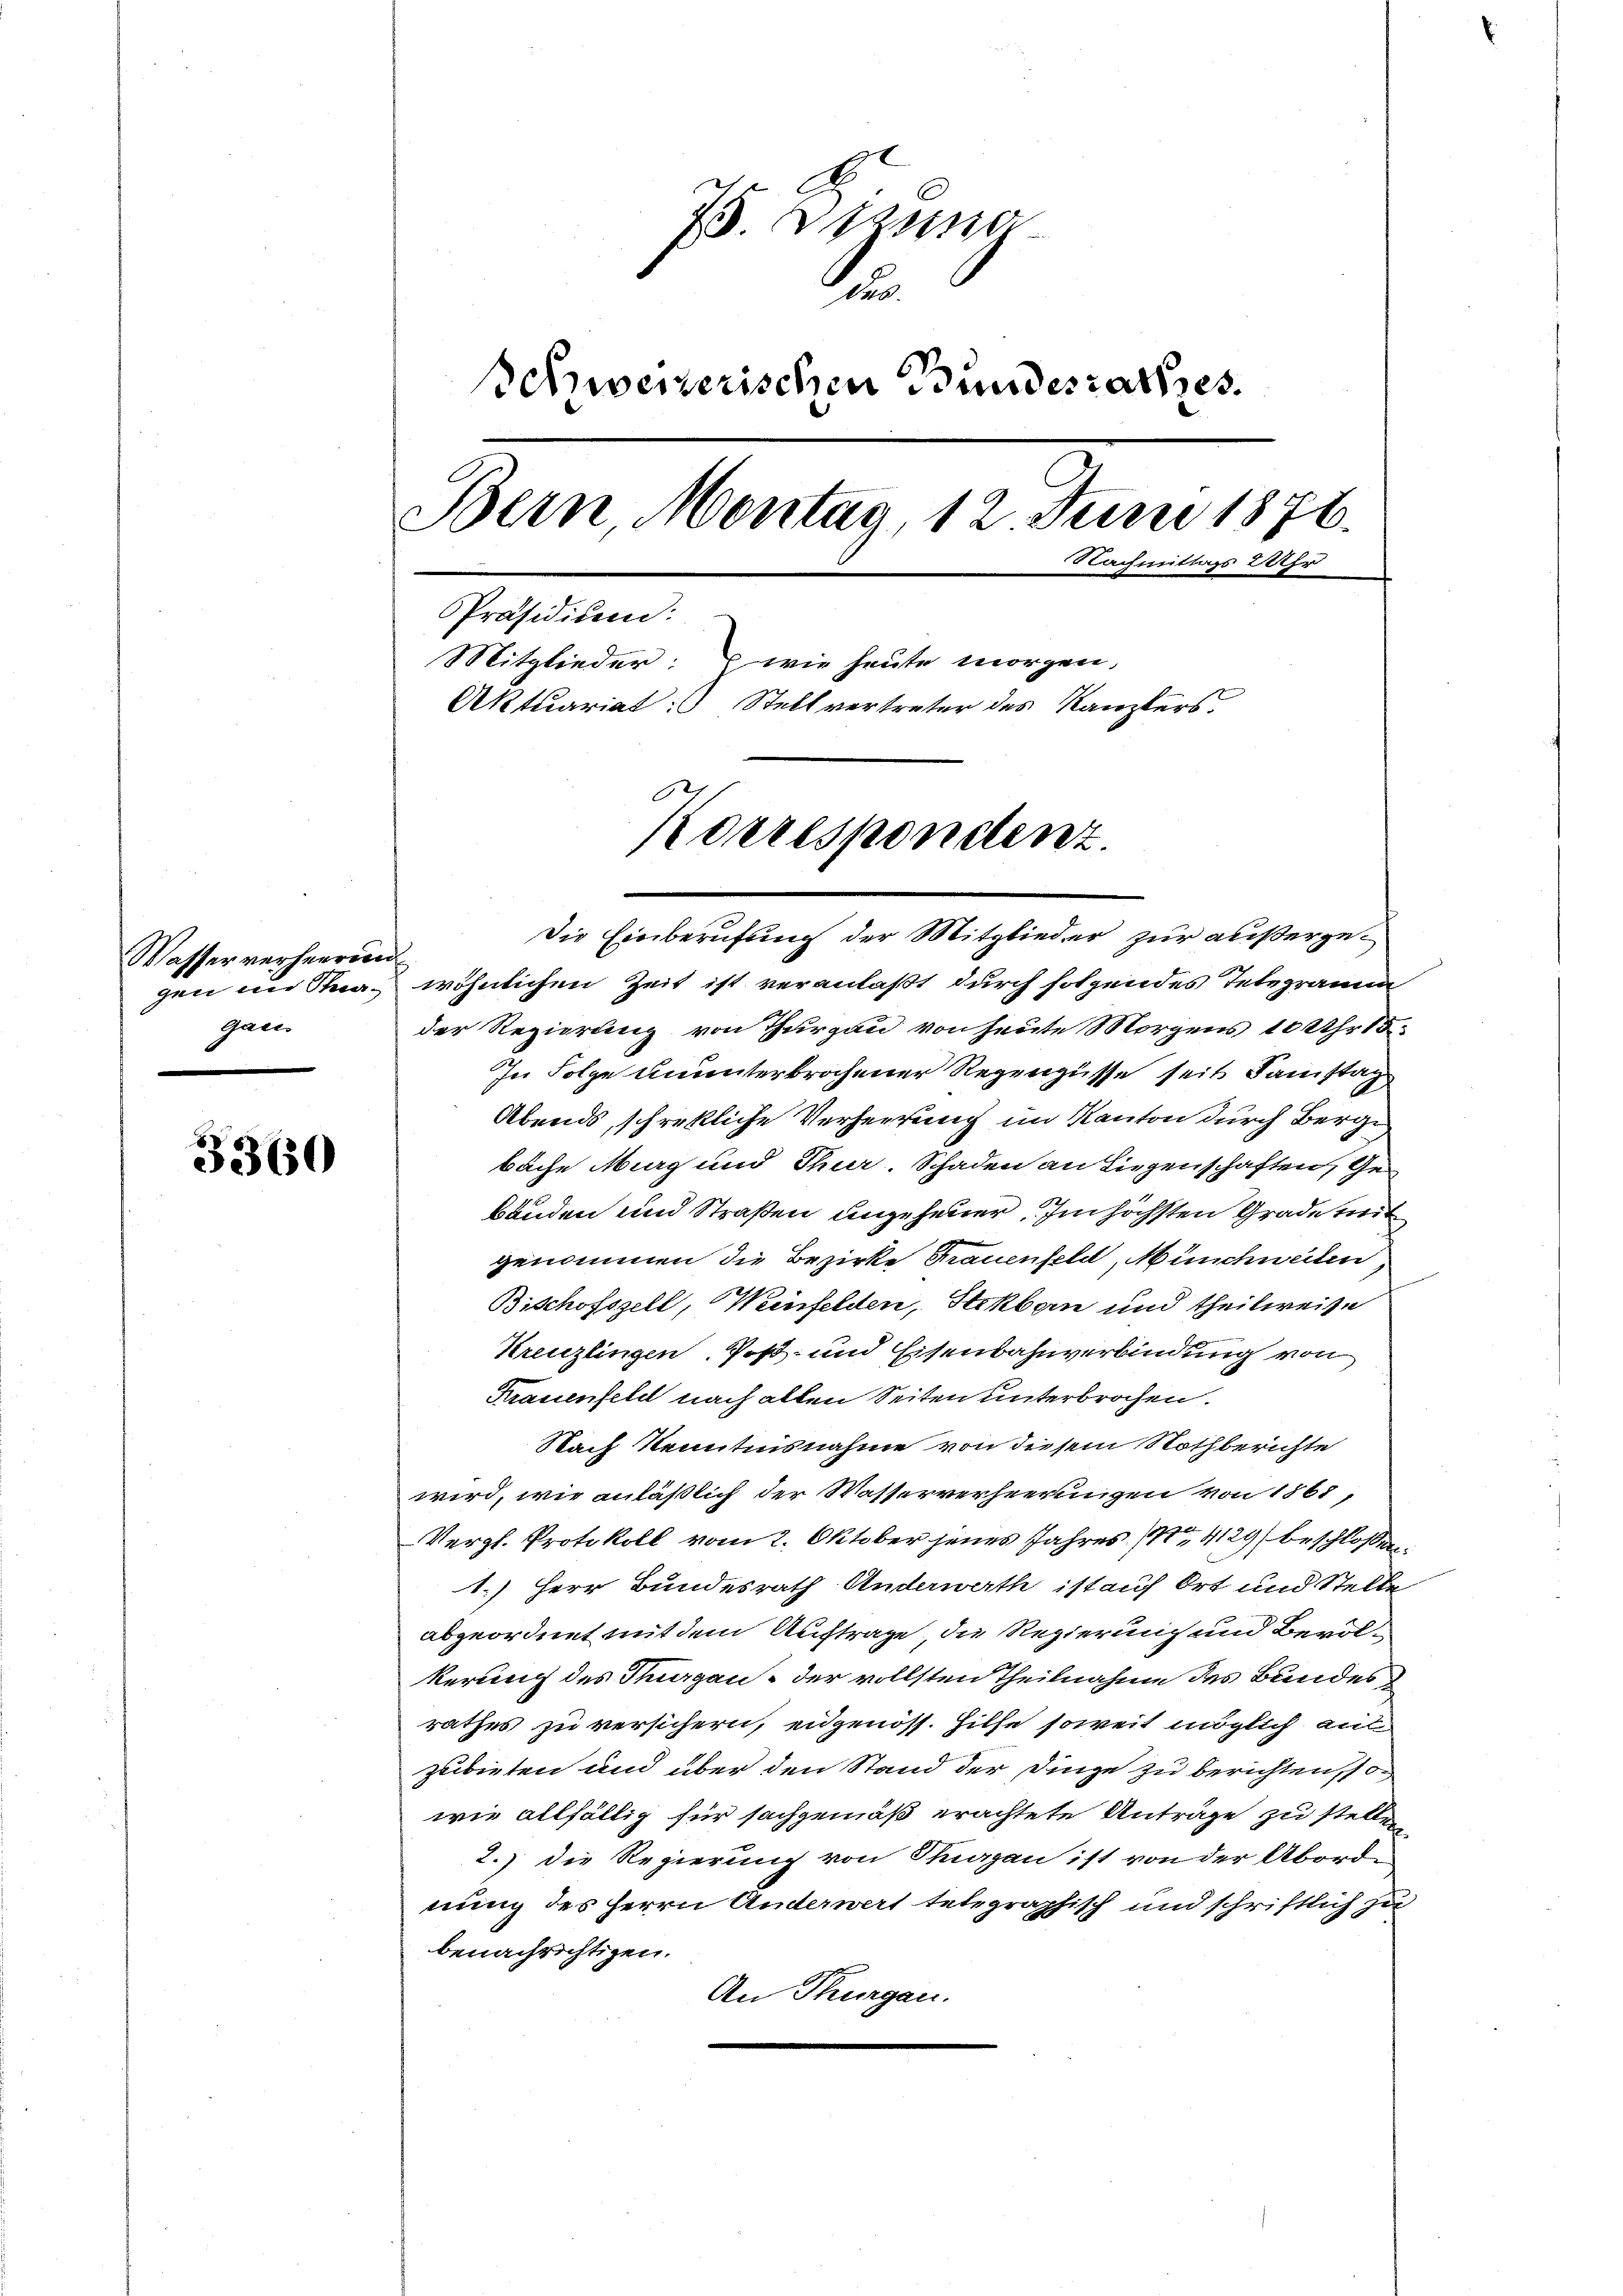
Wasser verheerung
gan

3360

7. Btzung
A
Schweizerischen Bundesrathes.
Bern Montag, 12 Juni 1876.
Nachmittags 2 Uhr
Präsidium:
Mitglieder: wie heute morgen,
Aktuariat: Stellvertreter des Kanzlers.
Korrespondenz.

Die Einberufung der Mitglieder zur außergegen in Stra- wöhnlichen Zeit ist veranlaßt durch folgendes Telegramm
der Regierung von Thurgau von heute Morgens 10 Uhr 15
In Folge ununterbrochener Regengüsse seit Samstag
Abends, schreckliche Verheerung im Kanton durch Berge
bache Murg und Thur. Schaden an Liegenschaften, Gebänden und Straßen ungeheuer. Im höchsten Grade mit
genommen die Bezirke Frauenfeld, Münchweiten,
Bischofszell, Weinfelden, Stekbarn und theilweise
Kreuzlingen Poß- und Eisenbahnverbindung von
Krauenfeld nach allen Seiten unterbrochen.
Nach Kenntnisnahme von diesem Nothberichte
wird, wie anläßlich der Wasserverheerungen von 1868,
Vergl. Protokoll vom 2. Oktober jenes Jahres (1429) beschlossen.
1.) Herr Bundesrath Anderwerth ist auf Ort und Stelle
abgeordnet mit dem Auftrage, die Regierung und Bevolkerung des Thurgau, der vollsten Theilnahme des Bundesrathes zu versichern, eidgenöss. Hilfe soweit möglich aus
zubieten und über den Stand der Dinge zu berichten, so
wie allfällig für sachgemäß erachtete Anträge zu stellen
2.) die Regierung von Thurgau ist von der Abord-
nung des Herrn Anderwert telegraphisch und schriftlich zu
benachrichtigen.
An Thurgau.